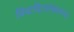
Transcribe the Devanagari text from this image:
विवादितसंकल्पना